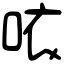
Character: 𠲖